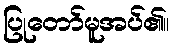
ပြုတော်မူအပ်၏။